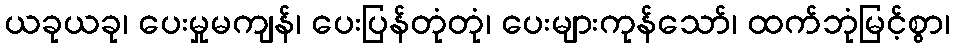
ယခုယခု၊ ပေးမှုမကျန်၊ ပေးပြန်တုံတုံ၊ ပေးများကုန်သော်၊ ထက်ဘုံမြင့်စွာ၊